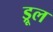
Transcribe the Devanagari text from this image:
ड्रूल